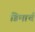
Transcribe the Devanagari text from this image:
डिमार्च